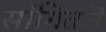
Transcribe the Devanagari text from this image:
सांगितलॆ